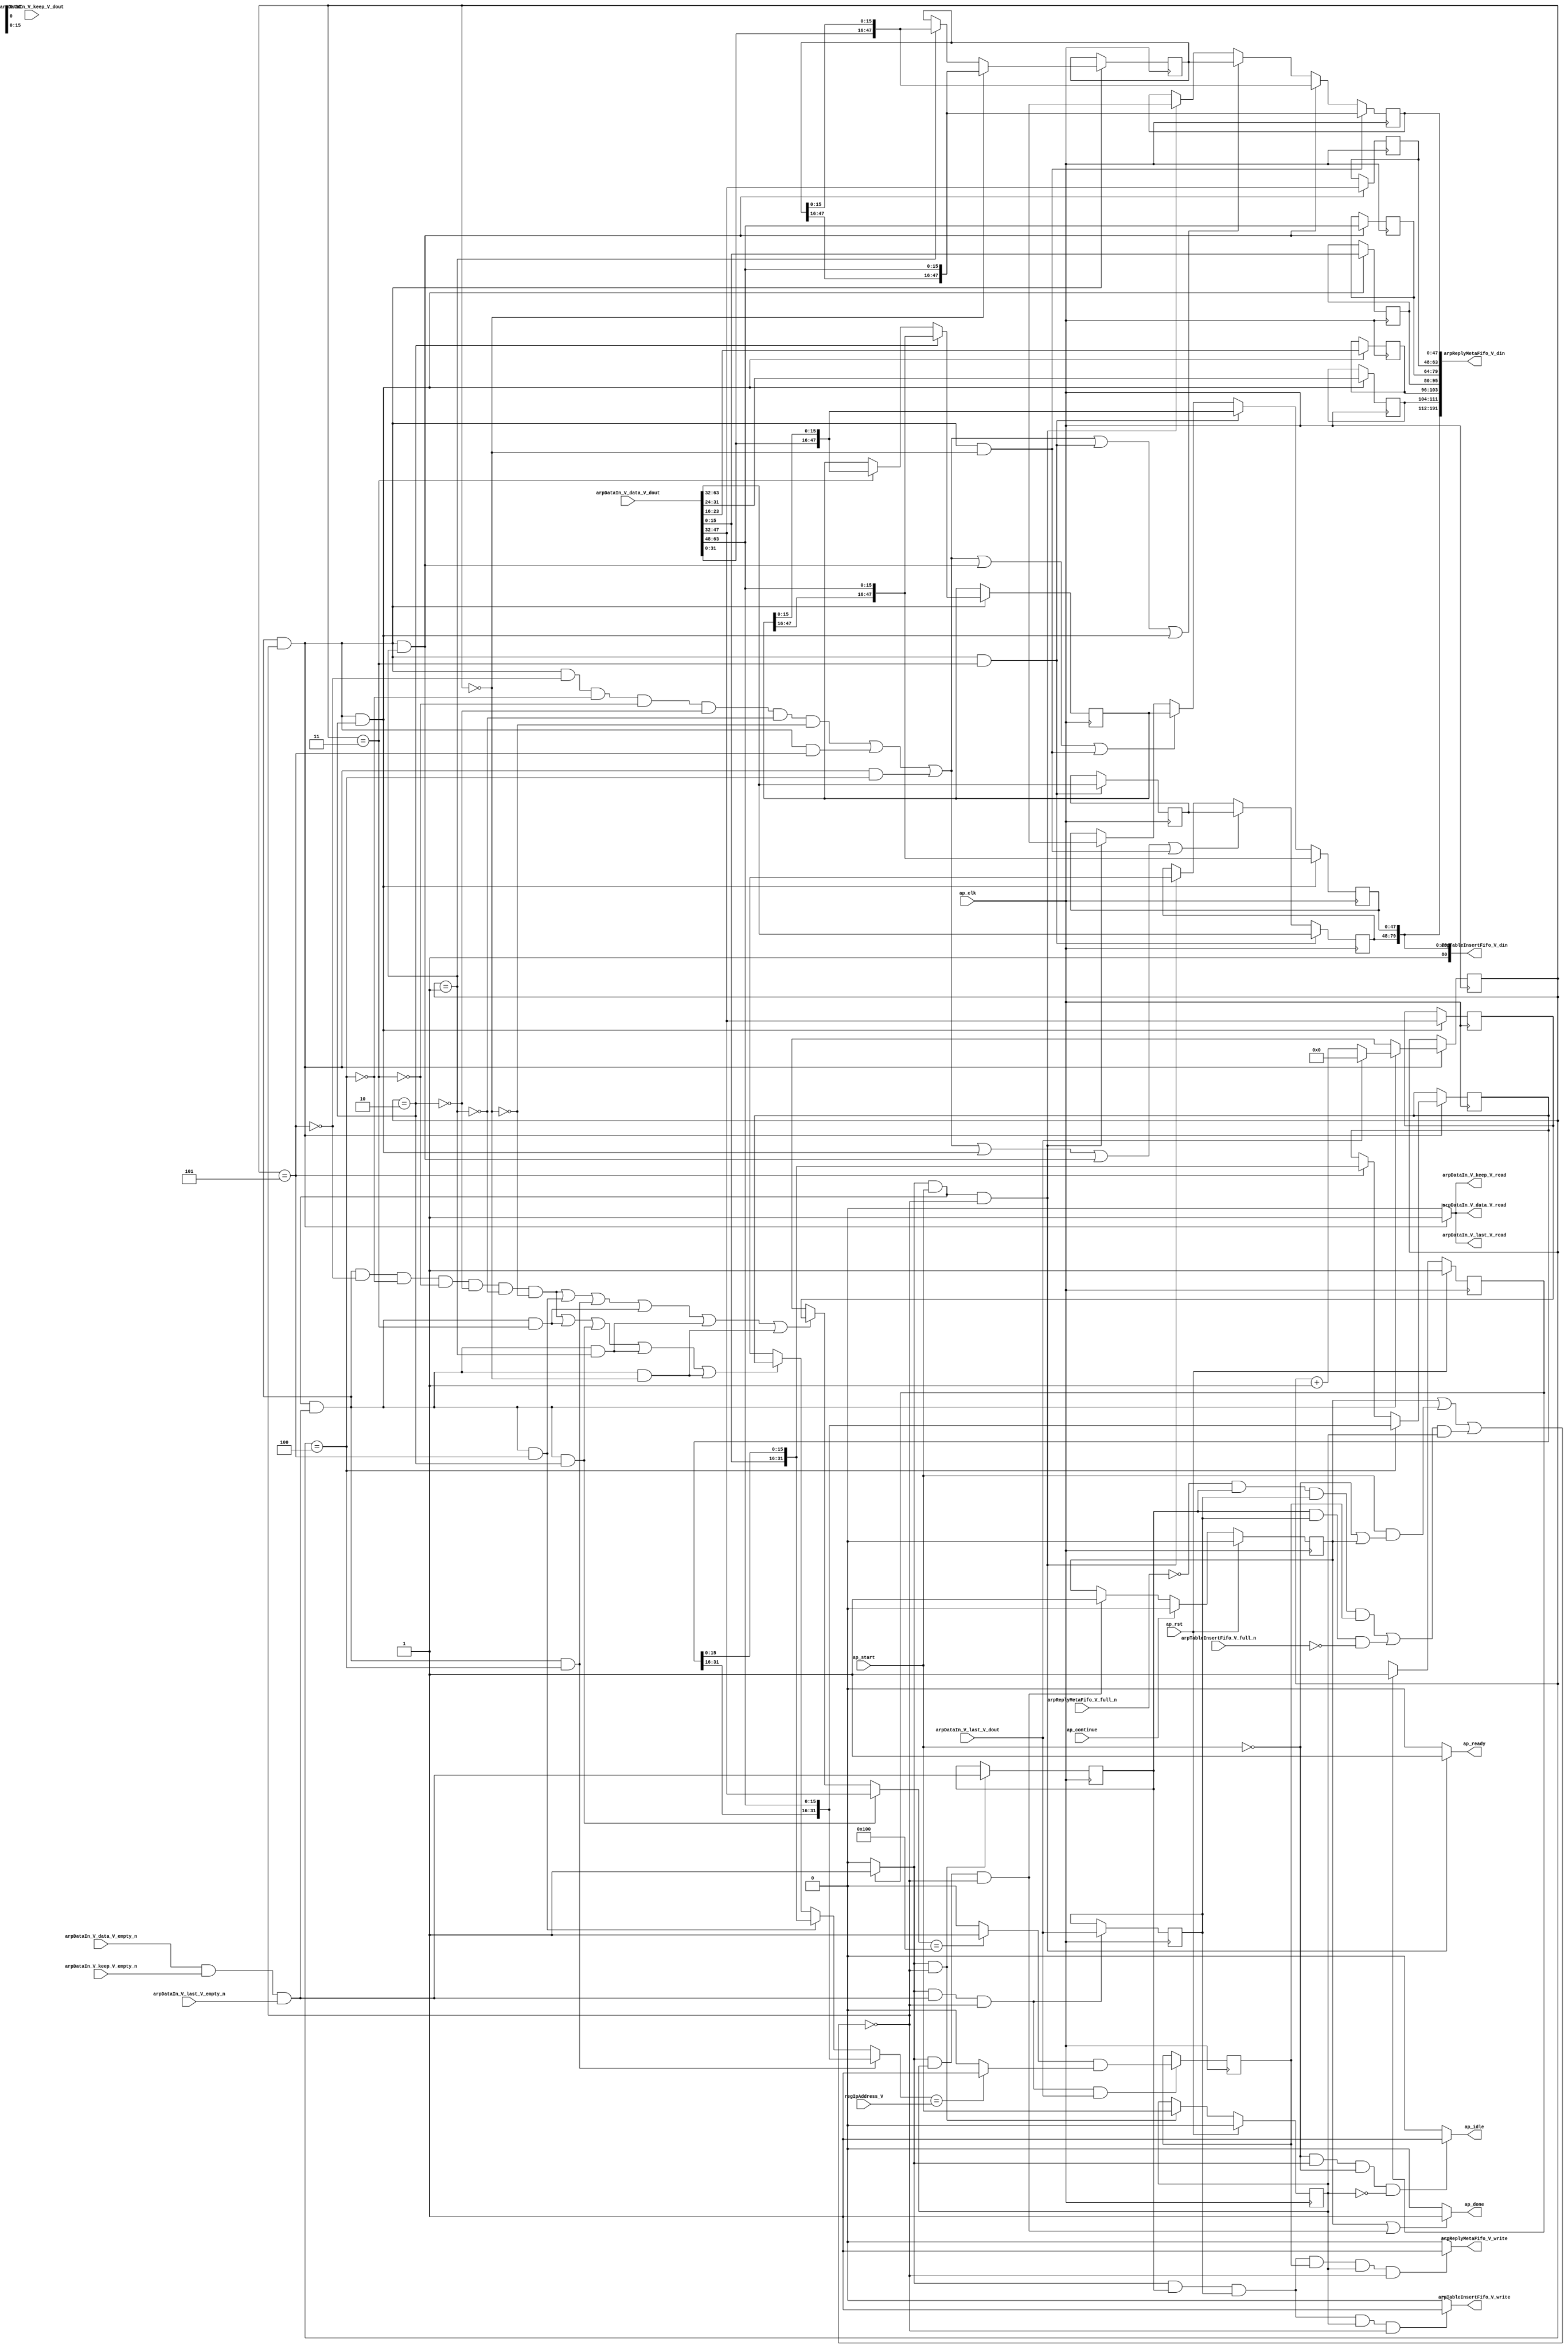
// ==============================================================
// RTL generated by Vivado(TM) HLS - High-Level Synthesis from C, C++ and SystemC
// Version: 2015.1
// Copyright (C) 2015 Xilinx Inc. All rights reserved.
// 
// ===========================================================

`timescale 1 ns / 1 ps 

module arp_server_arp_pkg_receiver (
        ap_clk,
        ap_rst,
        ap_start,
        ap_done,
        ap_continue,
        ap_idle,
        ap_ready,
        arpReplyMetaFifo_V_din,
        arpReplyMetaFifo_V_full_n,
        arpReplyMetaFifo_V_write,
        arpTableInsertFifo_V_din,
        arpTableInsertFifo_V_full_n,
        arpTableInsertFifo_V_write,
        arpDataIn_V_data_V_dout,
        arpDataIn_V_data_V_empty_n,
        arpDataIn_V_data_V_read,
        arpDataIn_V_keep_V_dout,
        arpDataIn_V_keep_V_empty_n,
        arpDataIn_V_keep_V_read,
        arpDataIn_V_last_V_dout,
        arpDataIn_V_last_V_empty_n,
        arpDataIn_V_last_V_read,
        regIpAddress_V
);

parameter    ap_const_logic_1 = 1'b1;
parameter    ap_const_logic_0 = 1'b0;
parameter    ap_ST_pp0_stg0_fsm_0 = 1'b1;
parameter    ap_const_lv32_0 = 32'b00000000000000000000000000000000;
parameter    ap_const_lv1_1 = 1'b1;
parameter    ap_const_lv1_0 = 1'b0;
parameter    ap_const_lv16_0 = 16'b0000000000000000;
parameter    ap_const_lv16_3 = 16'b11;
parameter    ap_const_lv16_2 = 16'b10;
parameter    ap_const_lv16_1 = 16'b1;
parameter    ap_const_lv16_5 = 16'b101;
parameter    ap_const_lv16_4 = 16'b100;
parameter    ap_const_lv32_30 = 32'b110000;
parameter    ap_const_lv32_3F = 32'b111111;
parameter    ap_const_lv32_20 = 32'b100000;
parameter    ap_const_lv32_2F = 32'b101111;
parameter    ap_const_lv32_10 = 32'b10000;
parameter    ap_const_lv32_1F = 32'b11111;
parameter    ap_const_lv32_F = 32'b1111;
parameter    ap_const_lv32_17 = 32'b10111;
parameter    ap_const_lv32_18 = 32'b11000;
parameter    ap_const_lv16_100 = 16'b100000000;
parameter    ap_true = 1'b1;

input   ap_clk;
input   ap_rst;
input   ap_start;
output   ap_done;
input   ap_continue;
output   ap_idle;
output   ap_ready;
output  [191:0] arpReplyMetaFifo_V_din;
input   arpReplyMetaFifo_V_full_n;
output   arpReplyMetaFifo_V_write;
output  [80:0] arpTableInsertFifo_V_din;
input   arpTableInsertFifo_V_full_n;
output   arpTableInsertFifo_V_write;
input  [63:0] arpDataIn_V_data_V_dout;
input   arpDataIn_V_data_V_empty_n;
output   arpDataIn_V_data_V_read;
input  [7:0] arpDataIn_V_keep_V_dout;
input   arpDataIn_V_keep_V_empty_n;
output   arpDataIn_V_keep_V_read;
input  [0:0] arpDataIn_V_last_V_dout;
input   arpDataIn_V_last_V_empty_n;
output   arpDataIn_V_last_V_read;
input  [31:0] regIpAddress_V;

reg ap_done;
reg ap_idle;
reg ap_ready;
reg arpReplyMetaFifo_V_write;
reg arpTableInsertFifo_V_write;
reg    ap_done_reg = 1'b0;
(* fsm_encoding = "none" *) reg   [0:0] ap_CS_fsm = 1'b1;
reg    ap_sig_cseq_ST_pp0_stg0_fsm_0;
reg    ap_sig_bdd_20;
wire    ap_reg_ppiten_pp0_it0;
reg    ap_reg_ppiten_pp0_it1 = 1'b0;
wire    arpDataIn_V_data_V0_status;
wire   [0:0] tmp_nbreadreq_fu_174_p5;
reg    ap_sig_bdd_46;
reg   [0:0] tmp_reg_661;
reg   [0:0] tmp_last_V_reg_665;
reg   [0:0] or_cond_reg_725;
reg    ap_sig_bdd_72;
reg   [15:0] wordCount = 16'b0000000000000000;
reg   [47:0] meta_srcMac_V = 48'b000000000000000000000000000000000000000000000000;
reg   [15:0] opCode_V = 16'b0000000000000000;
reg   [47:0] meta_hwAddrSrc_V = 48'b000000000000000000000000000000000000000000000000;
reg   [31:0] meta_protoAddrSrc_V = 32'b00000000000000000000000000000000;
reg   [31:0] protoAddrDst_V = 32'b00000000000000000000000000000000;
reg   [15:0] meta_ethType_V = 16'b0000000000000000;
reg   [15:0] meta_hwType_V = 16'b0000000000000000;
reg   [15:0] meta_protoType_V = 16'b0000000000000000;
reg   [7:0] meta_hwLen_V = 8'b00000000;
reg   [7:0] meta_protoLen_V = 8'b00000000;
wire   [0:0] tmp_last_V_fu_341_p1;
wire   [47:0] p_Result_5_fu_426_p5;
wire   [15:0] wordCount_load_load_fu_345_p1;
wire   [47:0] p_Result_2_fu_508_p5;
wire   [47:0] p_Result_1_fu_530_p5;
wire   [47:0] p_Result_s_30_fu_560_p5;
wire   [0:0] or_cond_fu_597_p2;
wire   [15:0] ap_reg_phiprechg_opCode_V_loc_reg_210pp0_it0;
reg   [15:0] opCode_V_loc_phi_fu_213_p14;
wire   [31:0] ap_reg_phiprechg_protoAddrDst_V_loc_reg_229pp0_it0;
reg   [31:0] protoAddrDst_V_loc_phi_fu_232_p14;
wire   [31:0] p_Result_13_fu_384_p5;
wire   [31:0] p_Result_12_fu_403_p5;
wire   [15:0] tmp_8_fu_578_p2;
wire   [15:0] ap_reg_phiprechg_storemerge_reg_248pp0_it0;
reg   [15:0] storemerge_phi_fu_251_p4;
wire   [47:0] ap_reg_phiprechg_tmp_srcMac_V_reg_258pp0_it0;
reg   [47:0] ap_reg_phiprechg_tmp_srcMac_V_reg_258pp0_it1;
wire   [47:0] ap_reg_phiprechg_tmp_hwAddrSrc_V_reg_277pp0_it0;
reg   [47:0] ap_reg_phiprechg_tmp_hwAddrSrc_V_reg_277pp0_it1;
wire   [31:0] ap_reg_phiprechg_tmp_protoAddrSrc_V_reg_296pp0_it0;
reg   [31:0] ap_reg_phiprechg_tmp_protoAddrSrc_V_reg_296pp0_it1;
reg    arpDataIn_V_data_V0_update;
wire   [15:0] grp_fu_316_p4;
wire   [15:0] tmp_2_fu_460_p1;
wire   [15:0] tmp_4_fu_380_p1;
wire   [31:0] tmp_3_fu_422_p1;
wire   [31:0] tmp_1_fu_526_p1;
wire   [0:0] tmp_7_fu_585_p2;
wire   [0:0] tmp_9_fu_591_p2;
reg   [0:0] ap_NS_fsm;
reg    ap_sig_pprstidle_pp0;
reg    ap_sig_bdd_245;
reg    ap_sig_bdd_257;




/// the current state (ap_CS_fsm) of the state machine. ///
always @ (posedge ap_clk)
begin : ap_ret_ap_CS_fsm
    if (ap_rst == 1'b1) begin
        ap_CS_fsm <= ap_ST_pp0_stg0_fsm_0;
    end else begin
        ap_CS_fsm <= ap_NS_fsm;
    end
end

/// ap_done_reg assign process. ///
always @ (posedge ap_clk)
begin : ap_ret_ap_done_reg
    if (ap_rst == 1'b1) begin
        ap_done_reg <= ap_const_logic_0;
    end else begin
        if ((ap_const_logic_1 == ap_continue)) begin
            ap_done_reg <= ap_const_logic_0;
        end else if (((ap_const_logic_1 == ap_sig_cseq_ST_pp0_stg0_fsm_0) & (ap_const_logic_1 == ap_reg_ppiten_pp0_it1) & ~((ap_done_reg == ap_const_logic_1) | ((ap_const_logic_1 == ap_reg_ppiten_pp0_it0) & ap_sig_bdd_46) | (ap_sig_bdd_72 & (ap_const_logic_1 == ap_reg_ppiten_pp0_it1))))) begin
            ap_done_reg <= ap_const_logic_1;
        end
    end
end

/// ap_reg_ppiten_pp0_it1 assign process. ///
always @ (posedge ap_clk)
begin : ap_ret_ap_reg_ppiten_pp0_it1
    if (ap_rst == 1'b1) begin
        ap_reg_ppiten_pp0_it1 <= ap_const_logic_0;
    end else begin
        if (((ap_const_logic_1 == ap_sig_cseq_ST_pp0_stg0_fsm_0) & ~((ap_done_reg == ap_const_logic_1) | ((ap_const_logic_1 == ap_reg_ppiten_pp0_it0) & ap_sig_bdd_46) | (ap_sig_bdd_72 & (ap_const_logic_1 == ap_reg_ppiten_pp0_it1))))) begin
            ap_reg_ppiten_pp0_it1 <= ap_reg_ppiten_pp0_it0;
        end
    end
end

/// assign process. ///
always @(posedge ap_clk)
begin
    if (((ap_const_logic_1 == ap_sig_cseq_ST_pp0_stg0_fsm_0) & (ap_const_logic_1 == ap_reg_ppiten_pp0_it0) & ~(tmp_nbreadreq_fu_174_p5 == ap_const_lv1_0) & ~((ap_done_reg == ap_const_logic_1) | ((ap_const_logic_1 == ap_reg_ppiten_pp0_it0) & ap_sig_bdd_46) | (ap_sig_bdd_72 & (ap_const_logic_1 == ap_reg_ppiten_pp0_it1))) & (wordCount_load_load_fu_345_p1 == ap_const_lv16_2))) begin
        ap_reg_phiprechg_tmp_hwAddrSrc_V_reg_277pp0_it1 <= p_Result_2_fu_508_p5;
    end else if (((ap_const_logic_1 == ap_sig_cseq_ST_pp0_stg0_fsm_0) & (ap_const_logic_1 == ap_reg_ppiten_pp0_it0) & ~(tmp_nbreadreq_fu_174_p5 == ap_const_lv1_0) & ~((ap_done_reg == ap_const_logic_1) | ((ap_const_logic_1 == ap_reg_ppiten_pp0_it0) & ap_sig_bdd_46) | (ap_sig_bdd_72 & (ap_const_logic_1 == ap_reg_ppiten_pp0_it1))) & (wordCount_load_load_fu_345_p1 == ap_const_lv16_3))) begin
        ap_reg_phiprechg_tmp_hwAddrSrc_V_reg_277pp0_it1 <= p_Result_5_fu_426_p5;
    end else if ((((ap_const_logic_1 == ap_sig_cseq_ST_pp0_stg0_fsm_0) & (ap_const_logic_1 == ap_reg_ppiten_pp0_it0) & ~(tmp_nbreadreq_fu_174_p5 == ap_const_lv1_0) & ~((ap_done_reg == ap_const_logic_1) | ((ap_const_logic_1 == ap_reg_ppiten_pp0_it0) & ap_sig_bdd_46) | (ap_sig_bdd_72 & (ap_const_logic_1 == ap_reg_ppiten_pp0_it1))) & ~(wordCount_load_load_fu_345_p1 == ap_const_lv16_5) & ~(wordCount_load_load_fu_345_p1 == ap_const_lv16_4) & ~(wordCount_load_load_fu_345_p1 == ap_const_lv16_3) & ~(wordCount_load_load_fu_345_p1 == ap_const_lv16_2) & ~(wordCount_load_load_fu_345_p1 == ap_const_lv16_1) & ~(ap_const_lv16_0 == wordCount_load_load_fu_345_p1)) | ((ap_const_logic_1 == ap_sig_cseq_ST_pp0_stg0_fsm_0) & (ap_const_logic_1 == ap_reg_ppiten_pp0_it0) & ~(tmp_nbreadreq_fu_174_p5 == ap_const_lv1_0) & ~((ap_done_reg == ap_const_logic_1) | ((ap_const_logic_1 == ap_reg_ppiten_pp0_it0) & ap_sig_bdd_46) | (ap_sig_bdd_72 & (ap_const_logic_1 == ap_reg_ppiten_pp0_it1))) & (wordCount_load_load_fu_345_p1 == ap_const_lv16_5)) | ((ap_const_logic_1 == ap_sig_cseq_ST_pp0_stg0_fsm_0) & (ap_const_logic_1 == ap_reg_ppiten_pp0_it0) & ~(tmp_nbreadreq_fu_174_p5 == ap_const_lv1_0) & ~((ap_done_reg == ap_const_logic_1) | ((ap_const_logic_1 == ap_reg_ppiten_pp0_it0) & ap_sig_bdd_46) | (ap_sig_bdd_72 & (ap_const_logic_1 == ap_reg_ppiten_pp0_it1))) & (wordCount_load_load_fu_345_p1 == ap_const_lv16_4)) | ((ap_const_logic_1 == ap_sig_cseq_ST_pp0_stg0_fsm_0) & (ap_const_logic_1 == ap_reg_ppiten_pp0_it0) & ~(tmp_nbreadreq_fu_174_p5 == ap_const_lv1_0) & ~((ap_done_reg == ap_const_logic_1) | ((ap_const_logic_1 == ap_reg_ppiten_pp0_it0) & ap_sig_bdd_46) | (ap_sig_bdd_72 & (ap_const_logic_1 == ap_reg_ppiten_pp0_it1))) & (wordCount_load_load_fu_345_p1 == ap_const_lv16_1)) | ((ap_const_logic_1 == ap_sig_cseq_ST_pp0_stg0_fsm_0) & (ap_const_logic_1 == ap_reg_ppiten_pp0_it0) & ~(tmp_nbreadreq_fu_174_p5 == ap_const_lv1_0) & ~((ap_done_reg == ap_const_logic_1) | ((ap_const_logic_1 == ap_reg_ppiten_pp0_it0) & ap_sig_bdd_46) | (ap_sig_bdd_72 & (ap_const_logic_1 == ap_reg_ppiten_pp0_it1))) & (ap_const_lv16_0 == wordCount_load_load_fu_345_p1)))) begin
        ap_reg_phiprechg_tmp_hwAddrSrc_V_reg_277pp0_it1 <= meta_hwAddrSrc_V;
    end else if (((ap_const_logic_1 == ap_sig_cseq_ST_pp0_stg0_fsm_0) & (ap_const_logic_1 == ap_reg_ppiten_pp0_it0) & ~((ap_done_reg == ap_const_logic_1) | ((ap_const_logic_1 == ap_reg_ppiten_pp0_it0) & ap_sig_bdd_46) | (ap_sig_bdd_72 & (ap_const_logic_1 == ap_reg_ppiten_pp0_it1))))) begin
        ap_reg_phiprechg_tmp_hwAddrSrc_V_reg_277pp0_it1 <= ap_reg_phiprechg_tmp_hwAddrSrc_V_reg_277pp0_it0;
    end
end

/// assign process. ///
always @(posedge ap_clk)
begin
    if (((ap_const_logic_1 == ap_sig_cseq_ST_pp0_stg0_fsm_0) & (ap_const_logic_1 == ap_reg_ppiten_pp0_it0) & ~(tmp_nbreadreq_fu_174_p5 == ap_const_lv1_0) & ~((ap_done_reg == ap_const_logic_1) | ((ap_const_logic_1 == ap_reg_ppiten_pp0_it0) & ap_sig_bdd_46) | (ap_sig_bdd_72 & (ap_const_logic_1 == ap_reg_ppiten_pp0_it1))) & (wordCount_load_load_fu_345_p1 == ap_const_lv16_3))) begin
        ap_reg_phiprechg_tmp_protoAddrSrc_V_reg_296pp0_it1 <= {{arpDataIn_V_data_V_dout[ap_const_lv32_3F : ap_const_lv32_20]}};
    end else if ((((ap_const_logic_1 == ap_sig_cseq_ST_pp0_stg0_fsm_0) & (ap_const_logic_1 == ap_reg_ppiten_pp0_it0) & ~(tmp_nbreadreq_fu_174_p5 == ap_const_lv1_0) & ~((ap_done_reg == ap_const_logic_1) | ((ap_const_logic_1 == ap_reg_ppiten_pp0_it0) & ap_sig_bdd_46) | (ap_sig_bdd_72 & (ap_const_logic_1 == ap_reg_ppiten_pp0_it1))) & ~(wordCount_load_load_fu_345_p1 == ap_const_lv16_5) & ~(wordCount_load_load_fu_345_p1 == ap_const_lv16_4) & ~(wordCount_load_load_fu_345_p1 == ap_const_lv16_3) & ~(wordCount_load_load_fu_345_p1 == ap_const_lv16_2) & ~(wordCount_load_load_fu_345_p1 == ap_const_lv16_1) & ~(ap_const_lv16_0 == wordCount_load_load_fu_345_p1)) | ((ap_const_logic_1 == ap_sig_cseq_ST_pp0_stg0_fsm_0) & (ap_const_logic_1 == ap_reg_ppiten_pp0_it0) & ~(tmp_nbreadreq_fu_174_p5 == ap_const_lv1_0) & ~((ap_done_reg == ap_const_logic_1) | ((ap_const_logic_1 == ap_reg_ppiten_pp0_it0) & ap_sig_bdd_46) | (ap_sig_bdd_72 & (ap_const_logic_1 == ap_reg_ppiten_pp0_it1))) & (wordCount_load_load_fu_345_p1 == ap_const_lv16_5)) | ((ap_const_logic_1 == ap_sig_cseq_ST_pp0_stg0_fsm_0) & (ap_const_logic_1 == ap_reg_ppiten_pp0_it0) & ~(tmp_nbreadreq_fu_174_p5 == ap_const_lv1_0) & ~((ap_done_reg == ap_const_logic_1) | ((ap_const_logic_1 == ap_reg_ppiten_pp0_it0) & ap_sig_bdd_46) | (ap_sig_bdd_72 & (ap_const_logic_1 == ap_reg_ppiten_pp0_it1))) & (wordCount_load_load_fu_345_p1 == ap_const_lv16_4)) | ((ap_const_logic_1 == ap_sig_cseq_ST_pp0_stg0_fsm_0) & (ap_const_logic_1 == ap_reg_ppiten_pp0_it0) & ~(tmp_nbreadreq_fu_174_p5 == ap_const_lv1_0) & ~((ap_done_reg == ap_const_logic_1) | ((ap_const_logic_1 == ap_reg_ppiten_pp0_it0) & ap_sig_bdd_46) | (ap_sig_bdd_72 & (ap_const_logic_1 == ap_reg_ppiten_pp0_it1))) & (wordCount_load_load_fu_345_p1 == ap_const_lv16_2)) | ((ap_const_logic_1 == ap_sig_cseq_ST_pp0_stg0_fsm_0) & (ap_const_logic_1 == ap_reg_ppiten_pp0_it0) & ~(tmp_nbreadreq_fu_174_p5 == ap_const_lv1_0) & ~((ap_done_reg == ap_const_logic_1) | ((ap_const_logic_1 == ap_reg_ppiten_pp0_it0) & ap_sig_bdd_46) | (ap_sig_bdd_72 & (ap_const_logic_1 == ap_reg_ppiten_pp0_it1))) & (wordCount_load_load_fu_345_p1 == ap_const_lv16_1)) | ((ap_const_logic_1 == ap_sig_cseq_ST_pp0_stg0_fsm_0) & (ap_const_logic_1 == ap_reg_ppiten_pp0_it0) & ~(tmp_nbreadreq_fu_174_p5 == ap_const_lv1_0) & ~((ap_done_reg == ap_const_logic_1) | ((ap_const_logic_1 == ap_reg_ppiten_pp0_it0) & ap_sig_bdd_46) | (ap_sig_bdd_72 & (ap_const_logic_1 == ap_reg_ppiten_pp0_it1))) & (ap_const_lv16_0 == wordCount_load_load_fu_345_p1)))) begin
        ap_reg_phiprechg_tmp_protoAddrSrc_V_reg_296pp0_it1 <= meta_protoAddrSrc_V;
    end else if (((ap_const_logic_1 == ap_sig_cseq_ST_pp0_stg0_fsm_0) & (ap_const_logic_1 == ap_reg_ppiten_pp0_it0) & ~((ap_done_reg == ap_const_logic_1) | ((ap_const_logic_1 == ap_reg_ppiten_pp0_it0) & ap_sig_bdd_46) | (ap_sig_bdd_72 & (ap_const_logic_1 == ap_reg_ppiten_pp0_it1))))) begin
        ap_reg_phiprechg_tmp_protoAddrSrc_V_reg_296pp0_it1 <= ap_reg_phiprechg_tmp_protoAddrSrc_V_reg_296pp0_it0;
    end
end

/// assign process. ///
always @(posedge ap_clk)
begin
    if (((ap_const_logic_1 == ap_sig_cseq_ST_pp0_stg0_fsm_0) & (ap_const_logic_1 == ap_reg_ppiten_pp0_it0) & ~(tmp_nbreadreq_fu_174_p5 == ap_const_lv1_0) & ~((ap_done_reg == ap_const_logic_1) | ((ap_const_logic_1 == ap_reg_ppiten_pp0_it0) & ap_sig_bdd_46) | (ap_sig_bdd_72 & (ap_const_logic_1 == ap_reg_ppiten_pp0_it1))) & (ap_const_lv16_0 == wordCount_load_load_fu_345_p1))) begin
        ap_reg_phiprechg_tmp_srcMac_V_reg_258pp0_it1 <= p_Result_s_30_fu_560_p5;
    end else if (((ap_const_logic_1 == ap_sig_cseq_ST_pp0_stg0_fsm_0) & (ap_const_logic_1 == ap_reg_ppiten_pp0_it0) & ~(tmp_nbreadreq_fu_174_p5 == ap_const_lv1_0) & ~((ap_done_reg == ap_const_logic_1) | ((ap_const_logic_1 == ap_reg_ppiten_pp0_it0) & ap_sig_bdd_46) | (ap_sig_bdd_72 & (ap_const_logic_1 == ap_reg_ppiten_pp0_it1))) & (wordCount_load_load_fu_345_p1 == ap_const_lv16_1))) begin
        ap_reg_phiprechg_tmp_srcMac_V_reg_258pp0_it1 <= p_Result_1_fu_530_p5;
    end else if ((((ap_const_logic_1 == ap_sig_cseq_ST_pp0_stg0_fsm_0) & (ap_const_logic_1 == ap_reg_ppiten_pp0_it0) & ~(tmp_nbreadreq_fu_174_p5 == ap_const_lv1_0) & ~((ap_done_reg == ap_const_logic_1) | ((ap_const_logic_1 == ap_reg_ppiten_pp0_it0) & ap_sig_bdd_46) | (ap_sig_bdd_72 & (ap_const_logic_1 == ap_reg_ppiten_pp0_it1))) & ~(wordCount_load_load_fu_345_p1 == ap_const_lv16_5) & ~(wordCount_load_load_fu_345_p1 == ap_const_lv16_4) & ~(wordCount_load_load_fu_345_p1 == ap_const_lv16_3) & ~(wordCount_load_load_fu_345_p1 == ap_const_lv16_2) & ~(wordCount_load_load_fu_345_p1 == ap_const_lv16_1) & ~(ap_const_lv16_0 == wordCount_load_load_fu_345_p1)) | ((ap_const_logic_1 == ap_sig_cseq_ST_pp0_stg0_fsm_0) & (ap_const_logic_1 == ap_reg_ppiten_pp0_it0) & ~(tmp_nbreadreq_fu_174_p5 == ap_const_lv1_0) & ~((ap_done_reg == ap_const_logic_1) | ((ap_const_logic_1 == ap_reg_ppiten_pp0_it0) & ap_sig_bdd_46) | (ap_sig_bdd_72 & (ap_const_logic_1 == ap_reg_ppiten_pp0_it1))) & (wordCount_load_load_fu_345_p1 == ap_const_lv16_5)) | ((ap_const_logic_1 == ap_sig_cseq_ST_pp0_stg0_fsm_0) & (ap_const_logic_1 == ap_reg_ppiten_pp0_it0) & ~(tmp_nbreadreq_fu_174_p5 == ap_const_lv1_0) & ~((ap_done_reg == ap_const_logic_1) | ((ap_const_logic_1 == ap_reg_ppiten_pp0_it0) & ap_sig_bdd_46) | (ap_sig_bdd_72 & (ap_const_logic_1 == ap_reg_ppiten_pp0_it1))) & (wordCount_load_load_fu_345_p1 == ap_const_lv16_4)) | ((ap_const_logic_1 == ap_sig_cseq_ST_pp0_stg0_fsm_0) & (ap_const_logic_1 == ap_reg_ppiten_pp0_it0) & ~(tmp_nbreadreq_fu_174_p5 == ap_const_lv1_0) & ~((ap_done_reg == ap_const_logic_1) | ((ap_const_logic_1 == ap_reg_ppiten_pp0_it0) & ap_sig_bdd_46) | (ap_sig_bdd_72 & (ap_const_logic_1 == ap_reg_ppiten_pp0_it1))) & (wordCount_load_load_fu_345_p1 == ap_const_lv16_3)) | ((ap_const_logic_1 == ap_sig_cseq_ST_pp0_stg0_fsm_0) & (ap_const_logic_1 == ap_reg_ppiten_pp0_it0) & ~(tmp_nbreadreq_fu_174_p5 == ap_const_lv1_0) & ~((ap_done_reg == ap_const_logic_1) | ((ap_const_logic_1 == ap_reg_ppiten_pp0_it0) & ap_sig_bdd_46) | (ap_sig_bdd_72 & (ap_const_logic_1 == ap_reg_ppiten_pp0_it1))) & (wordCount_load_load_fu_345_p1 == ap_const_lv16_2)))) begin
        ap_reg_phiprechg_tmp_srcMac_V_reg_258pp0_it1 <= meta_srcMac_V;
    end else if (((ap_const_logic_1 == ap_sig_cseq_ST_pp0_stg0_fsm_0) & (ap_const_logic_1 == ap_reg_ppiten_pp0_it0) & ~((ap_done_reg == ap_const_logic_1) | ((ap_const_logic_1 == ap_reg_ppiten_pp0_it0) & ap_sig_bdd_46) | (ap_sig_bdd_72 & (ap_const_logic_1 == ap_reg_ppiten_pp0_it1))))) begin
        ap_reg_phiprechg_tmp_srcMac_V_reg_258pp0_it1 <= ap_reg_phiprechg_tmp_srcMac_V_reg_258pp0_it0;
    end
end

/// assign process. ///
always @(posedge ap_clk)
begin
    if (ap_sig_bdd_245) begin
        if ((wordCount_load_load_fu_345_p1 == ap_const_lv16_2)) begin
            meta_hwAddrSrc_V <= p_Result_2_fu_508_p5;
        end else if ((wordCount_load_load_fu_345_p1 == ap_const_lv16_3)) begin
            meta_hwAddrSrc_V <= p_Result_5_fu_426_p5;
        end
    end
end

/// assign process. ///
always @(posedge ap_clk)
begin
    if (ap_sig_bdd_245) begin
        if ((ap_const_lv16_0 == wordCount_load_load_fu_345_p1)) begin
            meta_srcMac_V <= p_Result_s_30_fu_560_p5;
        end else if ((wordCount_load_load_fu_345_p1 == ap_const_lv16_1)) begin
            meta_srcMac_V <= p_Result_1_fu_530_p5;
        end
    end
end

/// assign process. ///
always @(posedge ap_clk)
begin
    if (ap_sig_bdd_245) begin
        if ((wordCount_load_load_fu_345_p1 == ap_const_lv16_4)) begin
            protoAddrDst_V <= p_Result_12_fu_403_p5;
        end else if ((wordCount_load_load_fu_345_p1 == ap_const_lv16_5)) begin
            protoAddrDst_V <= p_Result_13_fu_384_p5;
        end
    end
end

/// assign process. ///
always @(posedge ap_clk)
begin
    if (((ap_const_logic_1 == ap_sig_cseq_ST_pp0_stg0_fsm_0) & (ap_const_logic_1 == ap_reg_ppiten_pp0_it0) & ~(tmp_nbreadreq_fu_174_p5 == ap_const_lv1_0) & ~((ap_done_reg == ap_const_logic_1) | ((ap_const_logic_1 == ap_reg_ppiten_pp0_it0) & ap_sig_bdd_46) | (ap_sig_bdd_72 & (ap_const_logic_1 == ap_reg_ppiten_pp0_it1))) & (wordCount_load_load_fu_345_p1 == ap_const_lv16_1))) begin
        meta_ethType_V <= {{arpDataIn_V_data_V_dout[ap_const_lv32_2F : ap_const_lv32_20]}};
        meta_hwType_V <= {{arpDataIn_V_data_V_dout[ap_const_lv32_3F : ap_const_lv32_30]}};
    end
end

/// assign process. ///
always @(posedge ap_clk)
begin
    if (((ap_const_logic_1 == ap_sig_cseq_ST_pp0_stg0_fsm_0) & (ap_const_logic_1 == ap_reg_ppiten_pp0_it0) & ~(tmp_nbreadreq_fu_174_p5 == ap_const_lv1_0) & ~((ap_done_reg == ap_const_logic_1) | ((ap_const_logic_1 == ap_reg_ppiten_pp0_it0) & ap_sig_bdd_46) | (ap_sig_bdd_72 & (ap_const_logic_1 == ap_reg_ppiten_pp0_it1))) & (wordCount_load_load_fu_345_p1 == ap_const_lv16_2))) begin
        meta_hwLen_V <= {{arpDataIn_V_data_V_dout[ap_const_lv32_17 : ap_const_lv32_10]}};
        meta_protoLen_V <= {{arpDataIn_V_data_V_dout[ap_const_lv32_1F : ap_const_lv32_18]}};
        meta_protoType_V <= tmp_2_fu_460_p1;
        opCode_V <= {{arpDataIn_V_data_V_dout[ap_const_lv32_2F : ap_const_lv32_20]}};
    end
end

/// assign process. ///
always @(posedge ap_clk)
begin
    if (((ap_const_logic_1 == ap_sig_cseq_ST_pp0_stg0_fsm_0) & (ap_const_logic_1 == ap_reg_ppiten_pp0_it0) & ~(tmp_nbreadreq_fu_174_p5 == ap_const_lv1_0) & ~((ap_done_reg == ap_const_logic_1) | ((ap_const_logic_1 == ap_reg_ppiten_pp0_it0) & ap_sig_bdd_46) | (ap_sig_bdd_72 & (ap_const_logic_1 == ap_reg_ppiten_pp0_it1))) & (wordCount_load_load_fu_345_p1 == ap_const_lv16_3))) begin
        meta_protoAddrSrc_V <= {{arpDataIn_V_data_V_dout[ap_const_lv32_3F : ap_const_lv32_20]}};
    end
end

/// assign process. ///
always @(posedge ap_clk)
begin
    if (((ap_const_logic_1 == ap_sig_cseq_ST_pp0_stg0_fsm_0) & ~(tmp_nbreadreq_fu_174_p5 == ap_const_lv1_0) & ~((ap_done_reg == ap_const_logic_1) | ((ap_const_logic_1 == ap_reg_ppiten_pp0_it0) & ap_sig_bdd_46) | (ap_sig_bdd_72 & (ap_const_logic_1 == ap_reg_ppiten_pp0_it1))) & ~(ap_const_lv1_0 == tmp_last_V_fu_341_p1))) begin
        or_cond_reg_725 <= or_cond_fu_597_p2;
    end
end

/// assign process. ///
always @(posedge ap_clk)
begin
    if (((ap_const_logic_1 == ap_sig_cseq_ST_pp0_stg0_fsm_0) & ~(tmp_nbreadreq_fu_174_p5 == ap_const_lv1_0) & ~((ap_done_reg == ap_const_logic_1) | ((ap_const_logic_1 == ap_reg_ppiten_pp0_it0) & ap_sig_bdd_46) | (ap_sig_bdd_72 & (ap_const_logic_1 == ap_reg_ppiten_pp0_it1))))) begin
        tmp_last_V_reg_665 <= arpDataIn_V_last_V_dout;
    end
end

/// assign process. ///
always @(posedge ap_clk)
begin
    if (((ap_const_logic_1 == ap_sig_cseq_ST_pp0_stg0_fsm_0) & ~((ap_done_reg == ap_const_logic_1) | ((ap_const_logic_1 == ap_reg_ppiten_pp0_it0) & ap_sig_bdd_46) | (ap_sig_bdd_72 & (ap_const_logic_1 == ap_reg_ppiten_pp0_it1))))) begin
        tmp_reg_661 <= tmp_nbreadreq_fu_174_p5;
    end
end

/// assign process. ///
always @(posedge ap_clk)
begin
    if (((ap_const_logic_1 == ap_sig_cseq_ST_pp0_stg0_fsm_0) & (ap_const_logic_1 == ap_reg_ppiten_pp0_it0) & ~(tmp_nbreadreq_fu_174_p5 == ap_const_lv1_0) & ~((ap_done_reg == ap_const_logic_1) | ((ap_const_logic_1 == ap_reg_ppiten_pp0_it0) & ap_sig_bdd_46) | (ap_sig_bdd_72 & (ap_const_logic_1 == ap_reg_ppiten_pp0_it1))))) begin
        wordCount <= storemerge_phi_fu_251_p4;
    end
end

/// ap_done assign process. ///
always @ (ap_done_reg or ap_sig_cseq_ST_pp0_stg0_fsm_0 or ap_reg_ppiten_pp0_it0 or ap_reg_ppiten_pp0_it1 or ap_sig_bdd_46 or ap_sig_bdd_72)
begin
    if (((ap_const_logic_1 == ap_done_reg) | ((ap_const_logic_1 == ap_sig_cseq_ST_pp0_stg0_fsm_0) & (ap_const_logic_1 == ap_reg_ppiten_pp0_it1) & ~((ap_done_reg == ap_const_logic_1) | ((ap_const_logic_1 == ap_reg_ppiten_pp0_it0) & ap_sig_bdd_46) | (ap_sig_bdd_72 & (ap_const_logic_1 == ap_reg_ppiten_pp0_it1)))))) begin
        ap_done = ap_const_logic_1;
    end else begin
        ap_done = ap_const_logic_0;
    end
end

/// ap_idle assign process. ///
always @ (ap_start or ap_sig_cseq_ST_pp0_stg0_fsm_0 or ap_reg_ppiten_pp0_it0 or ap_reg_ppiten_pp0_it1)
begin
    if ((~(ap_const_logic_1 == ap_start) & (ap_const_logic_1 == ap_sig_cseq_ST_pp0_stg0_fsm_0) & (ap_const_logic_0 == ap_reg_ppiten_pp0_it0) & (ap_const_logic_0 == ap_reg_ppiten_pp0_it1))) begin
        ap_idle = ap_const_logic_1;
    end else begin
        ap_idle = ap_const_logic_0;
    end
end

/// ap_ready assign process. ///
always @ (ap_done_reg or ap_sig_cseq_ST_pp0_stg0_fsm_0 or ap_reg_ppiten_pp0_it0 or ap_reg_ppiten_pp0_it1 or ap_sig_bdd_46 or ap_sig_bdd_72)
begin
    if (((ap_const_logic_1 == ap_sig_cseq_ST_pp0_stg0_fsm_0) & (ap_const_logic_1 == ap_reg_ppiten_pp0_it0) & ~((ap_done_reg == ap_const_logic_1) | ((ap_const_logic_1 == ap_reg_ppiten_pp0_it0) & ap_sig_bdd_46) | (ap_sig_bdd_72 & (ap_const_logic_1 == ap_reg_ppiten_pp0_it1))))) begin
        ap_ready = ap_const_logic_1;
    end else begin
        ap_ready = ap_const_logic_0;
    end
end

/// ap_sig_cseq_ST_pp0_stg0_fsm_0 assign process. ///
always @ (ap_sig_bdd_20)
begin
    if (ap_sig_bdd_20) begin
        ap_sig_cseq_ST_pp0_stg0_fsm_0 = ap_const_logic_1;
    end else begin
        ap_sig_cseq_ST_pp0_stg0_fsm_0 = ap_const_logic_0;
    end
end

/// ap_sig_pprstidle_pp0 assign process. ///
always @ (ap_start or ap_reg_ppiten_pp0_it0)
begin
    if (((ap_const_logic_0 == ap_reg_ppiten_pp0_it0) & (ap_const_logic_0 == ap_start))) begin
        ap_sig_pprstidle_pp0 = ap_const_logic_1;
    end else begin
        ap_sig_pprstidle_pp0 = ap_const_logic_0;
    end
end

/// arpDataIn_V_data_V0_update assign process. ///
always @ (ap_done_reg or ap_sig_cseq_ST_pp0_stg0_fsm_0 or ap_reg_ppiten_pp0_it0 or ap_reg_ppiten_pp0_it1 or tmp_nbreadreq_fu_174_p5 or ap_sig_bdd_46 or ap_sig_bdd_72)
begin
    if (((ap_const_logic_1 == ap_sig_cseq_ST_pp0_stg0_fsm_0) & (ap_const_logic_1 == ap_reg_ppiten_pp0_it0) & ~(tmp_nbreadreq_fu_174_p5 == ap_const_lv1_0) & ~((ap_done_reg == ap_const_logic_1) | ((ap_const_logic_1 == ap_reg_ppiten_pp0_it0) & ap_sig_bdd_46) | (ap_sig_bdd_72 & (ap_const_logic_1 == ap_reg_ppiten_pp0_it1))))) begin
        arpDataIn_V_data_V0_update = ap_const_logic_1;
    end else begin
        arpDataIn_V_data_V0_update = ap_const_logic_0;
    end
end

/// arpReplyMetaFifo_V_write assign process. ///
always @ (ap_done_reg or ap_sig_cseq_ST_pp0_stg0_fsm_0 or ap_reg_ppiten_pp0_it0 or ap_reg_ppiten_pp0_it1 or ap_sig_bdd_46 or tmp_reg_661 or tmp_last_V_reg_665 or or_cond_reg_725 or ap_sig_bdd_72)
begin
    if (((ap_const_logic_1 == ap_sig_cseq_ST_pp0_stg0_fsm_0) & ~(ap_const_lv1_0 == tmp_reg_661) & ~(ap_const_lv1_0 == tmp_last_V_reg_665) & ~(ap_const_lv1_0 == or_cond_reg_725) & (ap_const_logic_1 == ap_reg_ppiten_pp0_it1) & ~((ap_done_reg == ap_const_logic_1) | ((ap_const_logic_1 == ap_reg_ppiten_pp0_it0) & ap_sig_bdd_46) | (ap_sig_bdd_72 & (ap_const_logic_1 == ap_reg_ppiten_pp0_it1))))) begin
        arpReplyMetaFifo_V_write = ap_const_logic_1;
    end else begin
        arpReplyMetaFifo_V_write = ap_const_logic_0;
    end
end

/// arpTableInsertFifo_V_write assign process. ///
always @ (ap_done_reg or ap_sig_cseq_ST_pp0_stg0_fsm_0 or ap_reg_ppiten_pp0_it0 or ap_reg_ppiten_pp0_it1 or ap_sig_bdd_46 or tmp_reg_661 or tmp_last_V_reg_665 or ap_sig_bdd_72)
begin
    if (((ap_const_logic_1 == ap_sig_cseq_ST_pp0_stg0_fsm_0) & ~(ap_const_lv1_0 == tmp_reg_661) & ~(ap_const_lv1_0 == tmp_last_V_reg_665) & (ap_const_logic_1 == ap_reg_ppiten_pp0_it1) & ~((ap_done_reg == ap_const_logic_1) | ((ap_const_logic_1 == ap_reg_ppiten_pp0_it0) & ap_sig_bdd_46) | (ap_sig_bdd_72 & (ap_const_logic_1 == ap_reg_ppiten_pp0_it1))))) begin
        arpTableInsertFifo_V_write = ap_const_logic_1;
    end else begin
        arpTableInsertFifo_V_write = ap_const_logic_0;
    end
end

/// opCode_V_loc_phi_fu_213_p14 assign process. ///
always @ (ap_sig_cseq_ST_pp0_stg0_fsm_0 or ap_reg_ppiten_pp0_it0 or tmp_nbreadreq_fu_174_p5 or arpDataIn_V_data_V_dout or opCode_V or wordCount_load_load_fu_345_p1 or ap_reg_phiprechg_opCode_V_loc_reg_210pp0_it0)
begin
    if (((ap_const_logic_1 == ap_sig_cseq_ST_pp0_stg0_fsm_0) & (ap_const_logic_1 == ap_reg_ppiten_pp0_it0) & ~(tmp_nbreadreq_fu_174_p5 == ap_const_lv1_0) & (wordCount_load_load_fu_345_p1 == ap_const_lv16_2))) begin
        opCode_V_loc_phi_fu_213_p14 = {{arpDataIn_V_data_V_dout[ap_const_lv32_2F : ap_const_lv32_20]}};
    end else if ((((ap_const_logic_1 == ap_sig_cseq_ST_pp0_stg0_fsm_0) & (ap_const_logic_1 == ap_reg_ppiten_pp0_it0) & ~(tmp_nbreadreq_fu_174_p5 == ap_const_lv1_0) & ~(wordCount_load_load_fu_345_p1 == ap_const_lv16_5) & ~(wordCount_load_load_fu_345_p1 == ap_const_lv16_4) & ~(wordCount_load_load_fu_345_p1 == ap_const_lv16_3) & ~(wordCount_load_load_fu_345_p1 == ap_const_lv16_2) & ~(wordCount_load_load_fu_345_p1 == ap_const_lv16_1) & ~(ap_const_lv16_0 == wordCount_load_load_fu_345_p1)) | ((ap_const_logic_1 == ap_sig_cseq_ST_pp0_stg0_fsm_0) & (ap_const_logic_1 == ap_reg_ppiten_pp0_it0) & ~(tmp_nbreadreq_fu_174_p5 == ap_const_lv1_0) & (wordCount_load_load_fu_345_p1 == ap_const_lv16_5)) | ((ap_const_logic_1 == ap_sig_cseq_ST_pp0_stg0_fsm_0) & (ap_const_logic_1 == ap_reg_ppiten_pp0_it0) & ~(tmp_nbreadreq_fu_174_p5 == ap_const_lv1_0) & (wordCount_load_load_fu_345_p1 == ap_const_lv16_4)) | ((ap_const_logic_1 == ap_sig_cseq_ST_pp0_stg0_fsm_0) & (ap_const_logic_1 == ap_reg_ppiten_pp0_it0) & ~(tmp_nbreadreq_fu_174_p5 == ap_const_lv1_0) & (wordCount_load_load_fu_345_p1 == ap_const_lv16_3)) | ((ap_const_logic_1 == ap_sig_cseq_ST_pp0_stg0_fsm_0) & (ap_const_logic_1 == ap_reg_ppiten_pp0_it0) & ~(tmp_nbreadreq_fu_174_p5 == ap_const_lv1_0) & (wordCount_load_load_fu_345_p1 == ap_const_lv16_1)) | ((ap_const_logic_1 == ap_sig_cseq_ST_pp0_stg0_fsm_0) & (ap_const_logic_1 == ap_reg_ppiten_pp0_it0) & ~(tmp_nbreadreq_fu_174_p5 == ap_const_lv1_0) & (ap_const_lv16_0 == wordCount_load_load_fu_345_p1)))) begin
        opCode_V_loc_phi_fu_213_p14 = opCode_V;
    end else begin
        opCode_V_loc_phi_fu_213_p14 = ap_reg_phiprechg_opCode_V_loc_reg_210pp0_it0;
    end
end

/// protoAddrDst_V_loc_phi_fu_232_p14 assign process. ///
always @ (ap_sig_cseq_ST_pp0_stg0_fsm_0 or ap_reg_ppiten_pp0_it0 or tmp_nbreadreq_fu_174_p5 or protoAddrDst_V or wordCount_load_load_fu_345_p1 or ap_reg_phiprechg_protoAddrDst_V_loc_reg_229pp0_it0 or p_Result_13_fu_384_p5 or p_Result_12_fu_403_p5)
begin
    if (((ap_const_logic_1 == ap_sig_cseq_ST_pp0_stg0_fsm_0) & (ap_const_logic_1 == ap_reg_ppiten_pp0_it0) & ~(tmp_nbreadreq_fu_174_p5 == ap_const_lv1_0) & (wordCount_load_load_fu_345_p1 == ap_const_lv16_4))) begin
        protoAddrDst_V_loc_phi_fu_232_p14 = p_Result_12_fu_403_p5;
    end else if (((ap_const_logic_1 == ap_sig_cseq_ST_pp0_stg0_fsm_0) & (ap_const_logic_1 == ap_reg_ppiten_pp0_it0) & ~(tmp_nbreadreq_fu_174_p5 == ap_const_lv1_0) & (wordCount_load_load_fu_345_p1 == ap_const_lv16_5))) begin
        protoAddrDst_V_loc_phi_fu_232_p14 = p_Result_13_fu_384_p5;
    end else if ((((ap_const_logic_1 == ap_sig_cseq_ST_pp0_stg0_fsm_0) & (ap_const_logic_1 == ap_reg_ppiten_pp0_it0) & ~(tmp_nbreadreq_fu_174_p5 == ap_const_lv1_0) & ~(wordCount_load_load_fu_345_p1 == ap_const_lv16_5) & ~(wordCount_load_load_fu_345_p1 == ap_const_lv16_4) & ~(wordCount_load_load_fu_345_p1 == ap_const_lv16_3) & ~(wordCount_load_load_fu_345_p1 == ap_const_lv16_2) & ~(wordCount_load_load_fu_345_p1 == ap_const_lv16_1) & ~(ap_const_lv16_0 == wordCount_load_load_fu_345_p1)) | ((ap_const_logic_1 == ap_sig_cseq_ST_pp0_stg0_fsm_0) & (ap_const_logic_1 == ap_reg_ppiten_pp0_it0) & ~(tmp_nbreadreq_fu_174_p5 == ap_const_lv1_0) & (wordCount_load_load_fu_345_p1 == ap_const_lv16_3)) | ((ap_const_logic_1 == ap_sig_cseq_ST_pp0_stg0_fsm_0) & (ap_const_logic_1 == ap_reg_ppiten_pp0_it0) & ~(tmp_nbreadreq_fu_174_p5 == ap_const_lv1_0) & (wordCount_load_load_fu_345_p1 == ap_const_lv16_2)) | ((ap_const_logic_1 == ap_sig_cseq_ST_pp0_stg0_fsm_0) & (ap_const_logic_1 == ap_reg_ppiten_pp0_it0) & ~(tmp_nbreadreq_fu_174_p5 == ap_const_lv1_0) & (wordCount_load_load_fu_345_p1 == ap_const_lv16_1)) | ((ap_const_logic_1 == ap_sig_cseq_ST_pp0_stg0_fsm_0) & (ap_const_logic_1 == ap_reg_ppiten_pp0_it0) & ~(tmp_nbreadreq_fu_174_p5 == ap_const_lv1_0) & (ap_const_lv16_0 == wordCount_load_load_fu_345_p1)))) begin
        protoAddrDst_V_loc_phi_fu_232_p14 = protoAddrDst_V;
    end else begin
        protoAddrDst_V_loc_phi_fu_232_p14 = ap_reg_phiprechg_protoAddrDst_V_loc_reg_229pp0_it0;
    end
end

/// storemerge_phi_fu_251_p4 assign process. ///
always @ (tmp_last_V_fu_341_p1 or tmp_8_fu_578_p2 or ap_reg_phiprechg_storemerge_reg_248pp0_it0 or ap_sig_bdd_257)
begin
    if (ap_sig_bdd_257) begin
        if (~(ap_const_lv1_0 == tmp_last_V_fu_341_p1)) begin
            storemerge_phi_fu_251_p4 = ap_const_lv16_0;
        end else if ((ap_const_lv1_0 == tmp_last_V_fu_341_p1)) begin
            storemerge_phi_fu_251_p4 = tmp_8_fu_578_p2;
        end else begin
            storemerge_phi_fu_251_p4 = ap_reg_phiprechg_storemerge_reg_248pp0_it0;
        end
    end else begin
        storemerge_phi_fu_251_p4 = ap_reg_phiprechg_storemerge_reg_248pp0_it0;
    end
end
/// the next state (ap_NS_fsm) of the state machine. ///
always @ (ap_done_reg or ap_CS_fsm or ap_reg_ppiten_pp0_it0 or ap_reg_ppiten_pp0_it1 or ap_sig_bdd_46 or ap_sig_bdd_72 or ap_sig_pprstidle_pp0)
begin
    case (ap_CS_fsm)
        ap_ST_pp0_stg0_fsm_0 : 
        begin
            ap_NS_fsm = ap_ST_pp0_stg0_fsm_0;
        end
        default : 
        begin
            ap_NS_fsm = 'bx;
        end
    endcase
end

assign ap_reg_phiprechg_opCode_V_loc_reg_210pp0_it0 = 'bx;
assign ap_reg_phiprechg_protoAddrDst_V_loc_reg_229pp0_it0 = 'bx;
assign ap_reg_phiprechg_storemerge_reg_248pp0_it0 = 'bx;
assign ap_reg_phiprechg_tmp_hwAddrSrc_V_reg_277pp0_it0 = 'bx;
assign ap_reg_phiprechg_tmp_protoAddrSrc_V_reg_296pp0_it0 = 'bx;
assign ap_reg_phiprechg_tmp_srcMac_V_reg_258pp0_it0 = 'bx;
assign ap_reg_ppiten_pp0_it0 = ap_start;

/// ap_sig_bdd_20 assign process. ///
always @ (ap_CS_fsm)
begin
    ap_sig_bdd_20 = (ap_CS_fsm[ap_const_lv32_0] == ap_const_lv1_1);
end

/// ap_sig_bdd_245 assign process. ///
always @ (ap_done_reg or ap_sig_cseq_ST_pp0_stg0_fsm_0 or ap_reg_ppiten_pp0_it0 or ap_reg_ppiten_pp0_it1 or tmp_nbreadreq_fu_174_p5 or ap_sig_bdd_46 or ap_sig_bdd_72)
begin
    ap_sig_bdd_245 = ((ap_const_logic_1 == ap_sig_cseq_ST_pp0_stg0_fsm_0) & (ap_const_logic_1 == ap_reg_ppiten_pp0_it0) & ~(tmp_nbreadreq_fu_174_p5 == ap_const_lv1_0) & ~((ap_done_reg == ap_const_logic_1) | ((ap_const_logic_1 == ap_reg_ppiten_pp0_it0) & ap_sig_bdd_46) | (ap_sig_bdd_72 & (ap_const_logic_1 == ap_reg_ppiten_pp0_it1))));
end

/// ap_sig_bdd_257 assign process. ///
always @ (ap_sig_cseq_ST_pp0_stg0_fsm_0 or ap_reg_ppiten_pp0_it0 or tmp_nbreadreq_fu_174_p5)
begin
    ap_sig_bdd_257 = ((ap_const_logic_1 == ap_sig_cseq_ST_pp0_stg0_fsm_0) & (ap_const_logic_1 == ap_reg_ppiten_pp0_it0) & ~(tmp_nbreadreq_fu_174_p5 == ap_const_lv1_0));
end

/// ap_sig_bdd_46 assign process. ///
always @ (ap_start or ap_done_reg or arpDataIn_V_data_V0_status or tmp_nbreadreq_fu_174_p5)
begin
    ap_sig_bdd_46 = (((arpDataIn_V_data_V0_status == ap_const_logic_0) & ~(tmp_nbreadreq_fu_174_p5 == ap_const_lv1_0)) | (ap_start == ap_const_logic_0) | (ap_done_reg == ap_const_logic_1));
end

/// ap_sig_bdd_72 assign process. ///
always @ (arpReplyMetaFifo_V_full_n or tmp_reg_661 or tmp_last_V_reg_665 or or_cond_reg_725 or arpTableInsertFifo_V_full_n)
begin
    ap_sig_bdd_72 = (((arpReplyMetaFifo_V_full_n == ap_const_logic_0) & ~(ap_const_lv1_0 == tmp_reg_661) & ~(ap_const_lv1_0 == tmp_last_V_reg_665) & ~(ap_const_lv1_0 == or_cond_reg_725)) | (~(ap_const_lv1_0 == tmp_reg_661) & ~(ap_const_lv1_0 == tmp_last_V_reg_665) & (arpTableInsertFifo_V_full_n == ap_const_logic_0)));
end
assign arpDataIn_V_data_V0_status = (arpDataIn_V_data_V_empty_n & arpDataIn_V_keep_V_empty_n & arpDataIn_V_last_V_empty_n);
assign arpDataIn_V_data_V_read = arpDataIn_V_data_V0_update;
assign arpDataIn_V_keep_V_read = arpDataIn_V_data_V0_update;
assign arpDataIn_V_last_V_read = arpDataIn_V_data_V0_update;
assign arpReplyMetaFifo_V_din = {{{{{{{{ap_reg_phiprechg_tmp_protoAddrSrc_V_reg_296pp0_it1}, {ap_reg_phiprechg_tmp_hwAddrSrc_V_reg_277pp0_it1}}, {meta_protoLen_V}}, {meta_hwLen_V}}, {meta_protoType_V}}, {meta_hwType_V}}, {meta_ethType_V}}, {ap_reg_phiprechg_tmp_srcMac_V_reg_258pp0_it1}};
assign arpTableInsertFifo_V_din = {{{{ap_const_lv1_1}, {ap_reg_phiprechg_tmp_protoAddrSrc_V_reg_296pp0_it1}}}, {ap_reg_phiprechg_tmp_hwAddrSrc_V_reg_277pp0_it1}};
assign grp_fu_316_p4 = {{arpDataIn_V_data_V_dout[ap_const_lv32_3F : ap_const_lv32_30]}};
assign or_cond_fu_597_p2 = (tmp_7_fu_585_p2 & tmp_9_fu_591_p2);
assign p_Result_12_fu_403_p5 = {{protoAddrDst_V[32'd31 : 32'd16]}, {grp_fu_316_p4}};
assign p_Result_13_fu_384_p5 = {{tmp_4_fu_380_p1}, {protoAddrDst_V[32'd15 : 32'd0]}};
assign p_Result_1_fu_530_p5 = {{tmp_1_fu_526_p1}, {meta_srcMac_V[32'd15 : 32'd0]}};
assign p_Result_2_fu_508_p5 = {{meta_hwAddrSrc_V[32'd47 : 32'd16]}, {grp_fu_316_p4}};
assign p_Result_5_fu_426_p5 = {{tmp_3_fu_422_p1}, {meta_hwAddrSrc_V[32'd15 : 32'd0]}};
assign p_Result_s_30_fu_560_p5 = {{meta_srcMac_V[32'd47 : 32'd16]}, {grp_fu_316_p4}};
assign tmp_1_fu_526_p1 = arpDataIn_V_data_V_dout[31:0];
assign tmp_2_fu_460_p1 = arpDataIn_V_data_V_dout[15:0];
assign tmp_3_fu_422_p1 = arpDataIn_V_data_V_dout[31:0];
assign tmp_4_fu_380_p1 = arpDataIn_V_data_V_dout[15:0];
assign tmp_7_fu_585_p2 = (opCode_V_loc_phi_fu_213_p14 == ap_const_lv16_100? 1'b1: 1'b0);
assign tmp_8_fu_578_p2 = (wordCount + ap_const_lv16_1);
assign tmp_9_fu_591_p2 = (protoAddrDst_V_loc_phi_fu_232_p14 == regIpAddress_V? 1'b1: 1'b0);
assign tmp_last_V_fu_341_p1 = arpDataIn_V_last_V_dout;
assign tmp_nbreadreq_fu_174_p5 = (arpDataIn_V_data_V_empty_n & arpDataIn_V_keep_V_empty_n & arpDataIn_V_last_V_empty_n);
assign wordCount_load_load_fu_345_p1 = wordCount;


endmodule //arp_server_arp_pkg_receiver